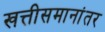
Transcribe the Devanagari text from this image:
खत्तीसमानांतर